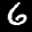
Digit: 6